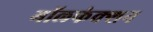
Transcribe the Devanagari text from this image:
मॉलफंक्शन